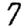
Digit: 7